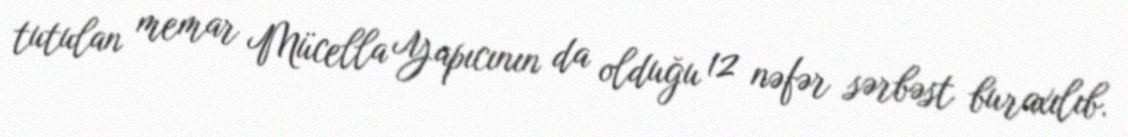
tutulan memar Mücella Yapıcının da olduğu 12 nəfər sərbəst buraxılıb.